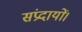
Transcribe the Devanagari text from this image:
संप्रदायों।